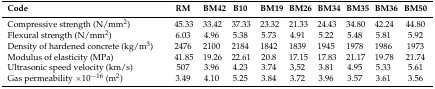
<table><thead><tr><td><b>Code</b></td><td><b>RM</b></td><td><b>BM42</b></td><td><b>B10</b></td><td><b>BM19</b></td><td><b>BM26</b></td><td><b>BM34</b></td><td><b>BM35</b></td><td><b>BM36</b></td><td><b>BM50</b></td></tr></thead><tbody><tr><td>Compressive strength (N/mm<sup>2</sup>)</td><td>45.33</td><td>33.42</td><td>37.33</td><td>23.32</td><td>21.33</td><td>24.43</td><td>34.80</td><td>42.24</td><td>44.80</td></tr><tr><td>Flexural strength (N/mm<sup>2</sup>)</td><td>6.03</td><td>4.96</td><td>5.38</td><td>5.73</td><td>4.91</td><td>5.22</td><td>5.48</td><td>5.81</td><td>5.92</td></tr><tr><td>Density of hardened concrete (kg/m<sup>3</sup>)</td><td>2476</td><td>2100</td><td>2184</td><td>1842</td><td>1839</td><td>1945</td><td>1978</td><td>1986</td><td>1973</td></tr><tr><td>Modulus of elasticity (MPa)</td><td>41.85</td><td>19.26</td><td>22.61</td><td>20.8</td><td>17.15</td><td>17.83</td><td>21.17</td><td>19.78</td><td>21.74</td></tr><tr><td>Ultrasonic speed velocity (km/s)</td><td>507</td><td>3.96</td><td>4.23</td><td>3.74</td><td>3,52</td><td>3.81</td><td>4.95</td><td>5.33</td><td>5.61</td></tr><tr><td>Gas permeability ×10<sup>−16</sup> (m<sup>2</sup>)</td><td>3.49</td><td>4.10</td><td>5.25</td><td>3.84</td><td>3.72</td><td>3.96</td><td>3.57</td><td>3.61</td><td>3.56</td></tr></tbody></table>